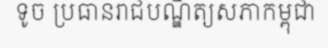
ទូច ប្រធានរាជបណ្ឌិត្យសភាកម្ពុជា